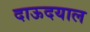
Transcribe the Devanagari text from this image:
दाऊदयाल